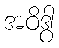
အဝိဒွါ